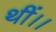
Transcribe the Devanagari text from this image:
थीं।।